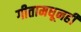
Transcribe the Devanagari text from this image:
गीतामधूनही